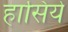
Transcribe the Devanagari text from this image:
हासिये